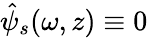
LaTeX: \hat{\psi}_{s}(\omega,z)\equiv 0